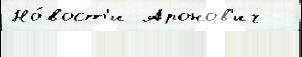
Но́вост'и Аронов'ич